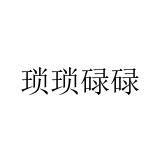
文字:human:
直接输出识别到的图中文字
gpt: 琐琐碌碌